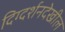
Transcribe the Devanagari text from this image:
दिग्दर्शनदेखील